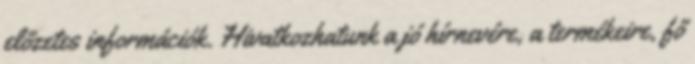
előzetes információk. Hivatkozhatunk a jó hírnevére, a termékeire, fő